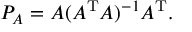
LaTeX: P _ { A } = A ( A ^ { \mathrm { T } } A ) ^ { - 1 } A ^ { \mathrm { T } } .